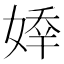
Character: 𡟡